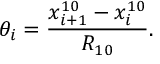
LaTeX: \theta _ { i } = \frac { x _ { i + 1 } ^ { 1 0 } - x _ { i } ^ { 1 0 } } { R _ { 1 0 } } .